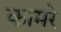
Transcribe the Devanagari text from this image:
कामरे